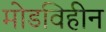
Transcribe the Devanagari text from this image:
मोडविहीन